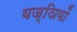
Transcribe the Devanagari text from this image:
यज्ञियों